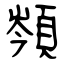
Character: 䫈